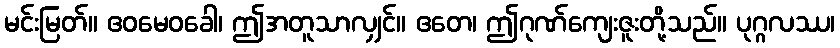
မင်းမြတ်။ ဧဝမေဝခေါ၊ ဤအတူသာလျှင်။ ဧတေ၊ ဤဂုဏ်ကျေးဇူးတို့သည်။ ပုဂ္ဂလဿ၊